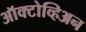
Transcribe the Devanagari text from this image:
ऑक्टोव्हिअन